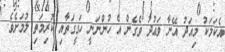
އެކަމަކު މިއަދު އޭނާ ވަޢުދު ވެގެން އެ ހުންނަނީ ހަގީގަތާއި ކުރިމަތި ލުމަށެވެ.